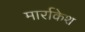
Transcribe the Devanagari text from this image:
मार्राकेश